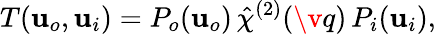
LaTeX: T(\mathbf{u}_{o},\mathbf{u}_{i})=P_{o}(\mathbf{u}_{o})\, \hat{\chi}^{(2)}(\v q)\, P_{i}(\mathbf{u}_{i}),